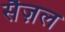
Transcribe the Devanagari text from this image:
सैज़ल